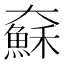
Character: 𱘾